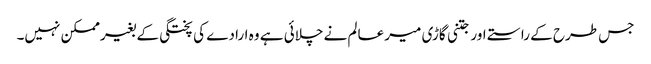
جس طرح کے راستے اور جتنی گاڑی میر عالم نے چلائی ہے وہ ارادے کی پختگی کے بغیرممکن نہیں۔